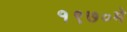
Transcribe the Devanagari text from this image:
१९७०मे